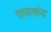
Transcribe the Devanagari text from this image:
पावलांना